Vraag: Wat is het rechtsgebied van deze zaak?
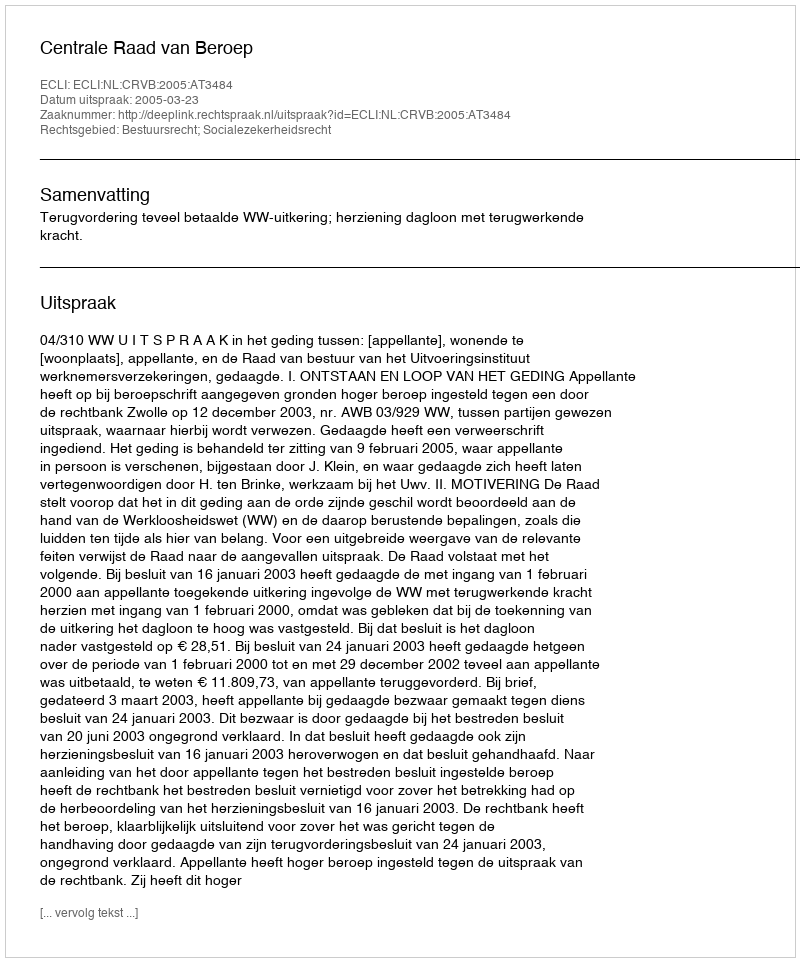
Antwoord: Bestuursrecht; Socialezekerheidsrecht